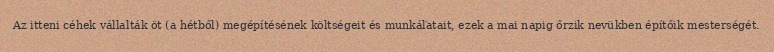
Az itteni céhek vállalták öt (a hétből) megépítésének költségeit és munkálatait, ezek a mai napig őrzik nevükben építőik mesterségét.